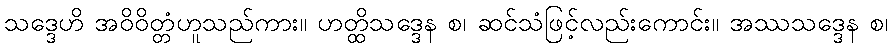
သဒ္ဒေဟိ အဝိဝိတ္တံဟူသည်ကား။ ဟတ္ထိသဒ္ဒေန စ၊ ဆင်သံဖြင့်လည်းကောင်း။ အဿသဒ္ဒေန စ၊